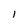
Character: I